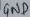
Text: GND